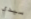
سيدي